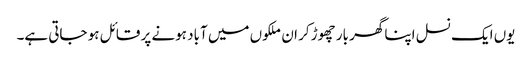
یوں ایک نسل اپنا گھر بار چھوڑ کر ان ملکوں میں آباد ہونے پر قائل ہو جاتی ہے۔